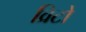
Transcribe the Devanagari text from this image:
व्रिटो